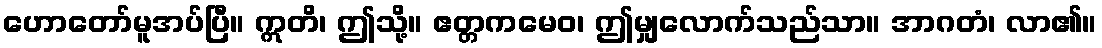
ဟောတော်မူအပ်ပြီ။ ဣတိ၊ ဤသို့။ ဧတ္တကမေဝ၊ ဤမျှလောက်သည်သာ။ အာဂတံ၊ လာ၏။